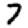
Digit: 7